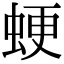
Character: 𧋑